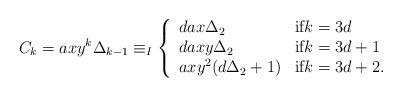
LaTeX: \begin{align*}C_k = axy^k\Delta_{k-1} \equiv_I \left\{ \begin{array}{ll} dax\Delta_2 & \mbox{{if}$k=3d$}\\ daxy\Delta_2 & \mbox{if$k=3d+1$}\\ axy^2(d\Delta_2+1) & \mbox{if$k=3d+2$}.\end{array} \right.\end{align*}